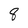
Character: 8